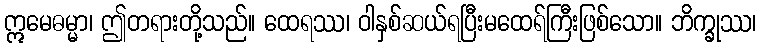
ဣမေဓမ္မာ၊ ဤတရားတို့သည်။ ထေရဿ၊ ဝါနှစ်ဆယ်ရပြီးမထေရ်ကြီးဖြစ်သော။ ဘိက္ခုဿ၊